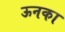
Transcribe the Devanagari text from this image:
ऊनका